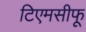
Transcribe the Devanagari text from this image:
टिएमसीफू